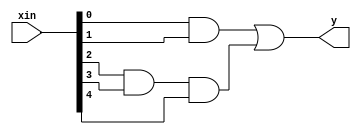

module aoi(input [4:0] xin, output y);

wire out1, out2;

and(out1,xin[0],xin[1]);
and(out2,xin[2],xin[3],xin[4]);

or(y,out1,out2);

endmodule